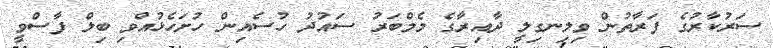
ސަރުކާރުގެ ފަރާތުން ވިލިނގިލީ ދާއިރާގެ މެމްބަރު ސައުދު ހުސެއިން ހުށަހެޅުއްވި ބިލް ފާސްވީ